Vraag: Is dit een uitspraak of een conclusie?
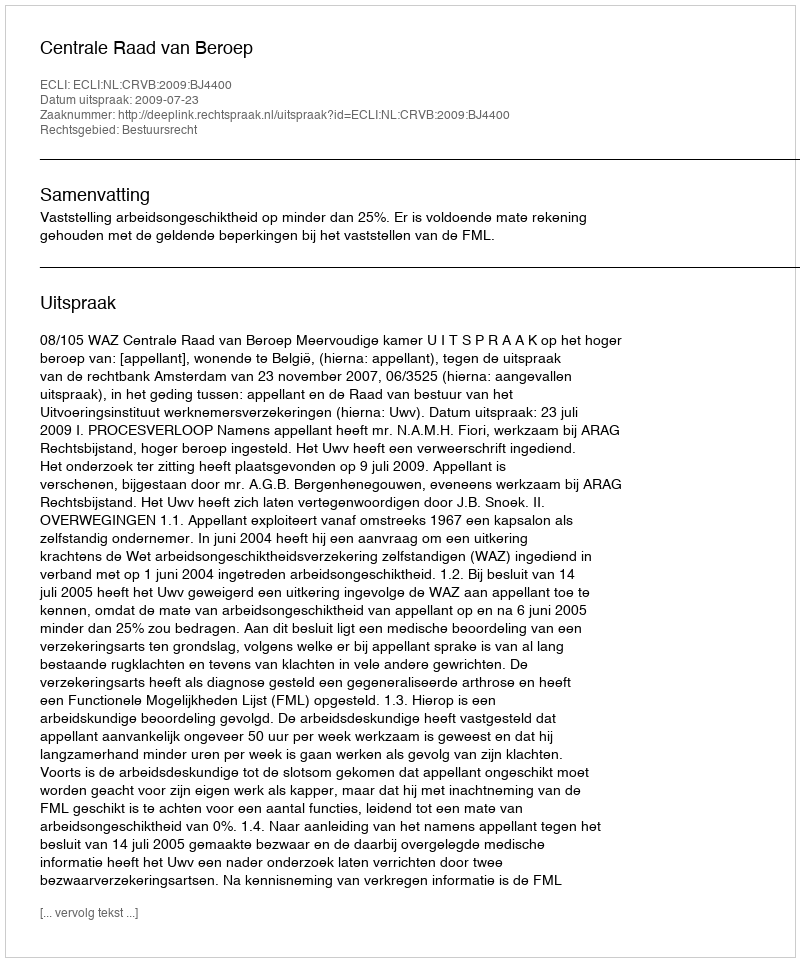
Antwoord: Uitspraak